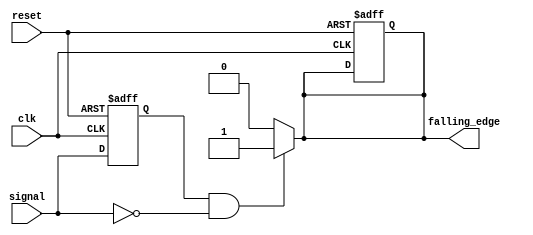
module falling_edge_detector (
    input wire clk,              // System clock
    input wire reset,            // Asynchronous reset
    input wire signal,           // Input signal to detect falling edge
    output reg falling_edge      // Falling edge detected output
);

    reg signal_prev;             // Register to hold the previous state of the signal

    // Asynchronous reset and state sampling on the rising edge of the clock
    always @(posedge clk or posedge reset) begin
        if (reset) begin
            signal_prev <= 1'b0;  // Initialize previous signal state
            falling_edge <= 1'b0; // Initialize falling edge output
        end else begin
            signal_prev <= signal; // Sample the current signal state
        end
    end

    // Falling edge detection logic
    always @(*) begin
        // Detect falling edge: current signal is low and previous signal was high
        if (signal_prev == 1'b1 && signal == 1'b0) begin
            falling_edge = 1'b1;    // Falling edge detected
        end else begin
            falling_edge = 1'b0;    // No falling edge
        end
    end

endmodule